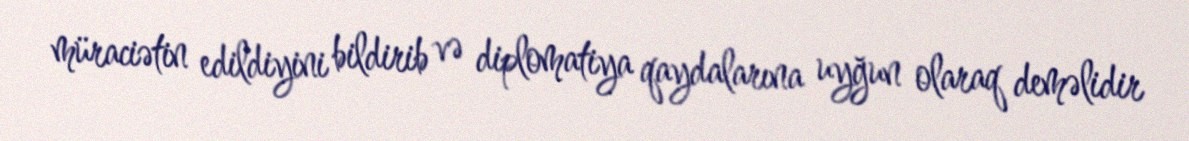
müraciətin edildiyini bildirib və diplomatiya qaydalarına uyğun olaraq deməlidir